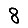
Digit: 8